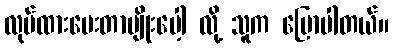
လုပ်ထားပေးတာမျိုးပေါ့ လို့ သူက ပြောပါတယ်။